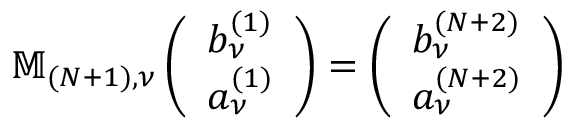
\mathbb { M } _ { ( N + 1 ) , \nu } \left( \begin{array} { l } { b _ { \nu } ^ { ( 1 ) } } \\ { a _ { \nu } ^ { ( 1 ) } } \end{array} \right) = \left( \begin{array} { l } { b _ { \nu } ^ { ( N + 2 ) } } \\ { a _ { \nu } ^ { ( N + 2 ) } } \end{array} \right)